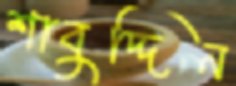
শাবুদ্দিন